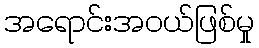
အရောင်းအဝယ်ဖြစ်မှု